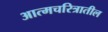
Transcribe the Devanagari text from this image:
आत्मचरित्रातील